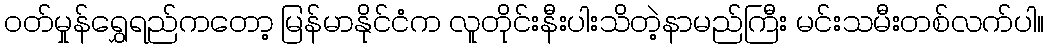
ဝတ်မှုန်ရွှေရည်ကတော့ မြန်မာနိုင်ငံက လူတိုင်းနီးပါးသိတဲ့နာမည်ကြီး မင်းသမီးတစ်လက်ပါ။